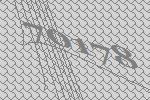
70178